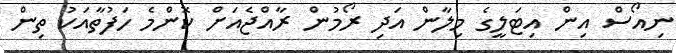
ނިއޯސް އިން އިޓަލީގެ މިލާން އަދި ރޯމުން ރާއްޖެއަށް ކޮންމެ ހަފުތާއަކު ތިން